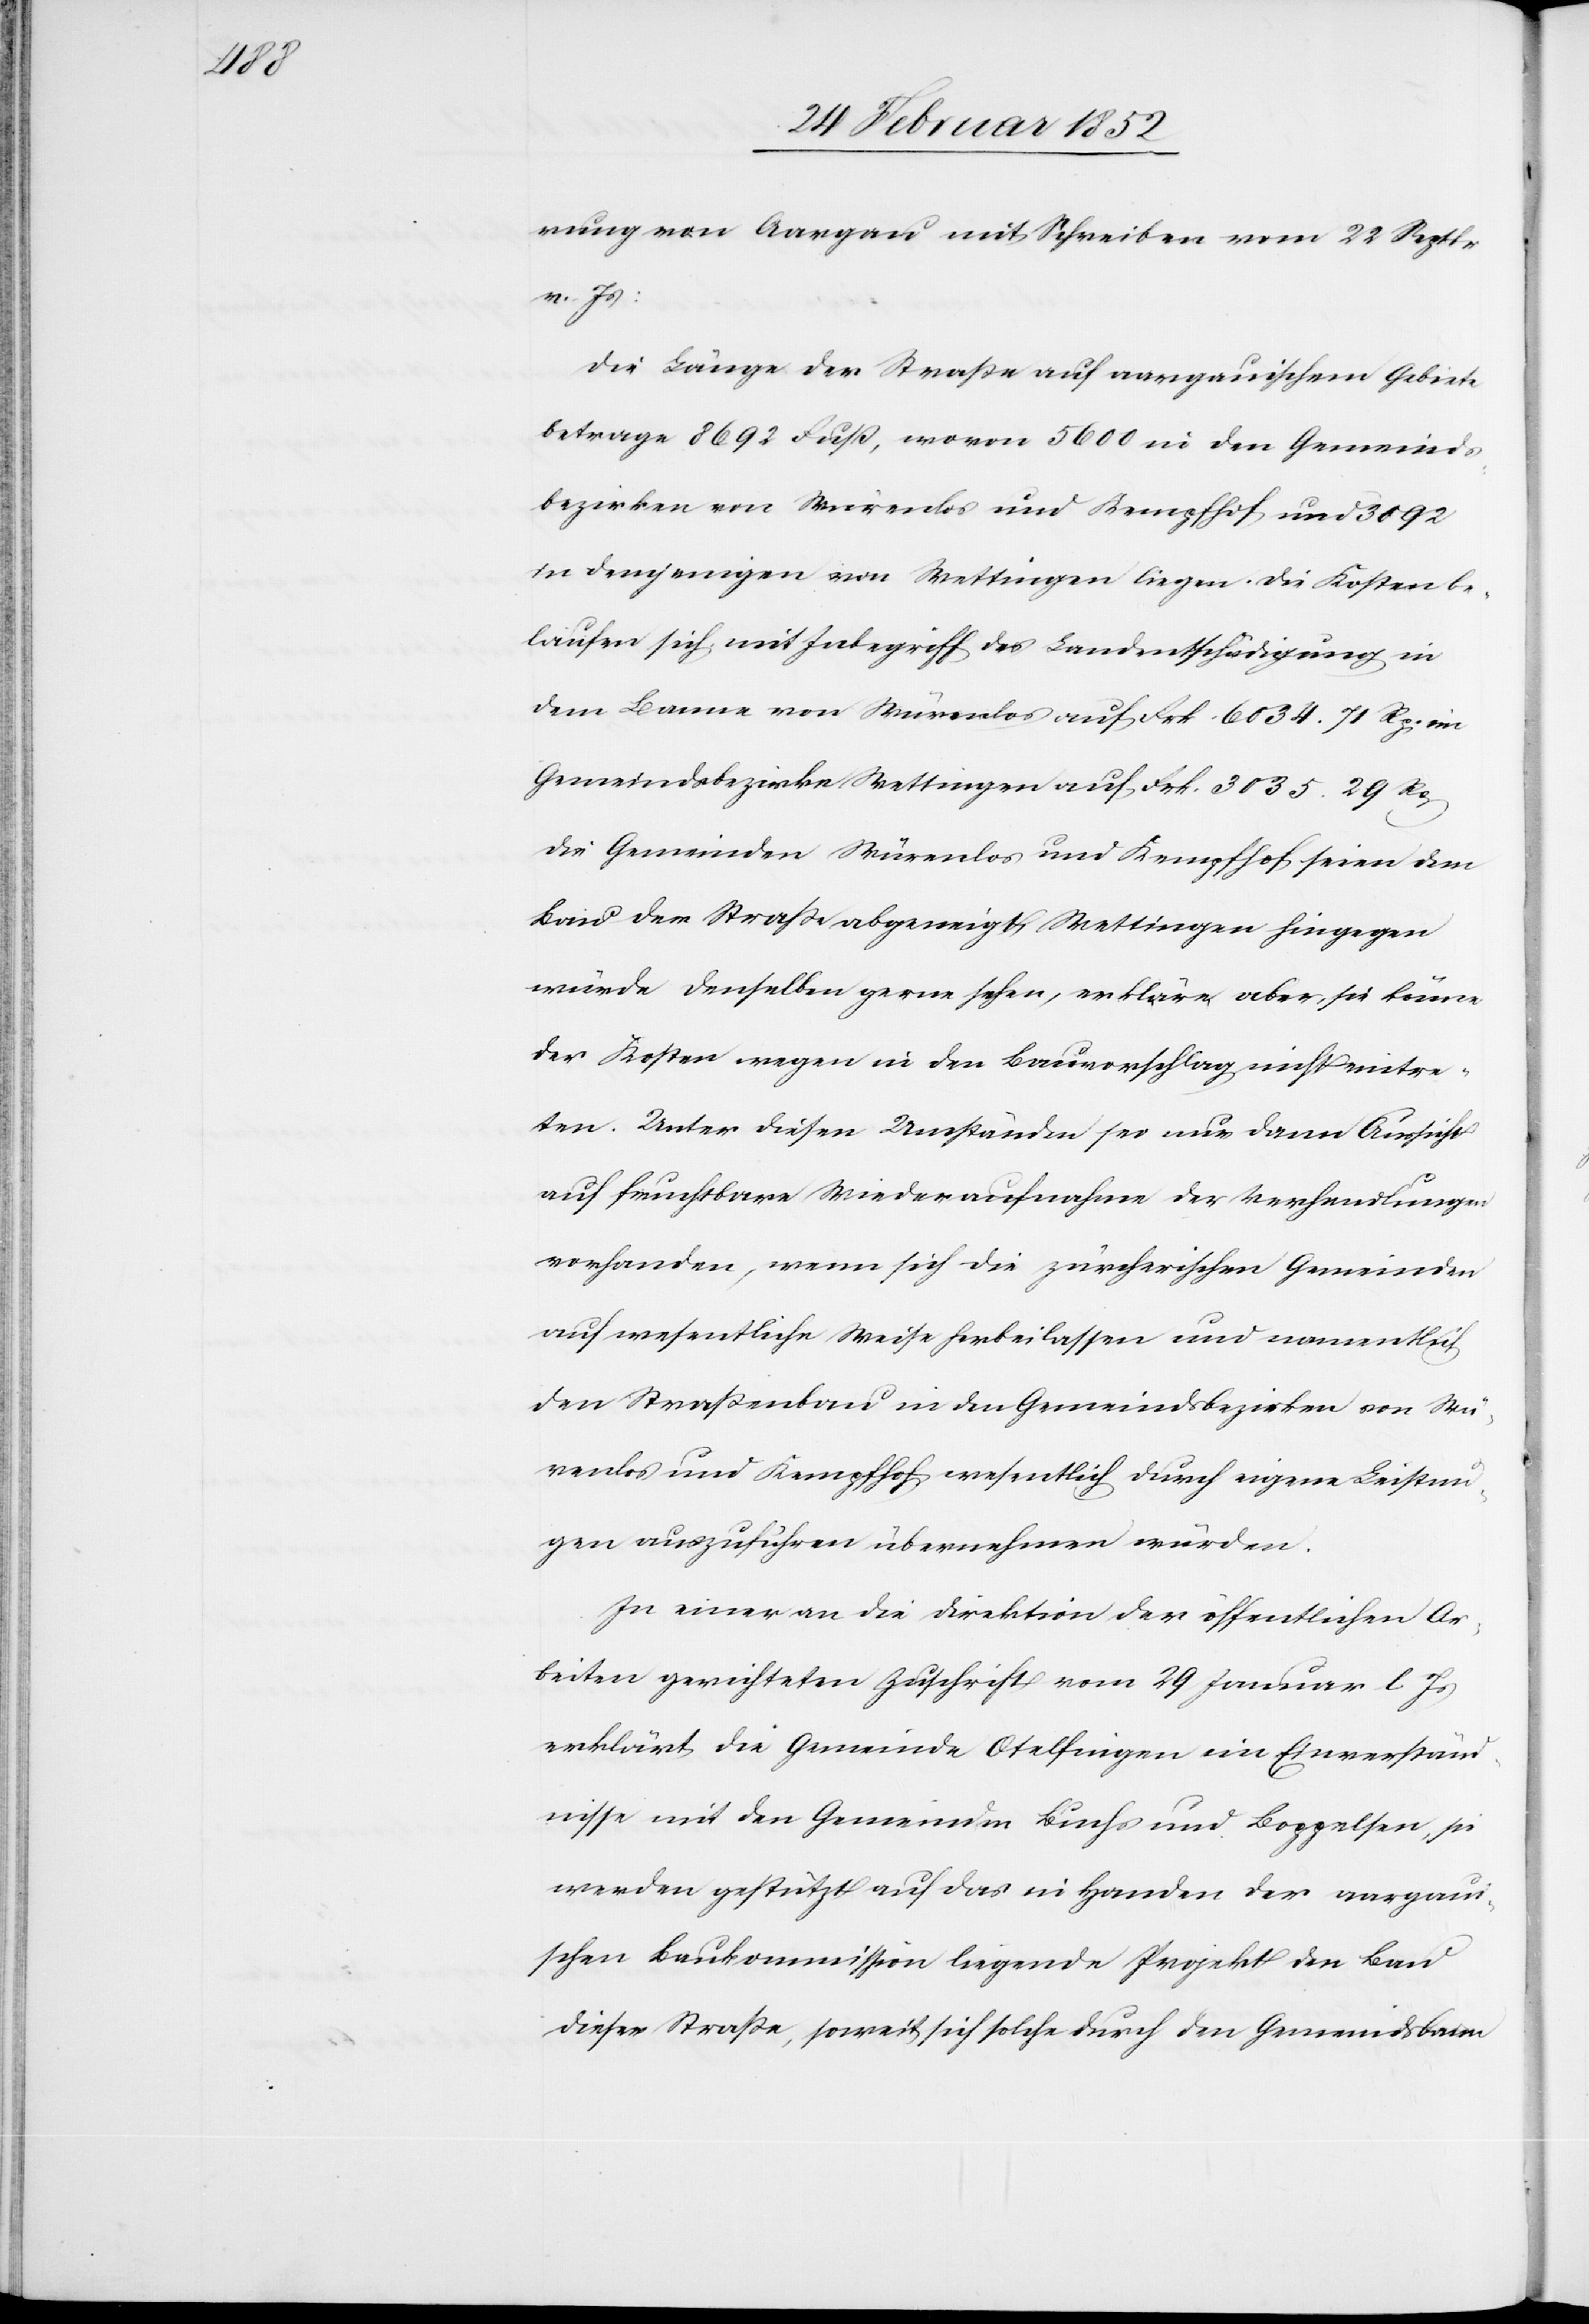
rung von Aargau mit Schreiben vom 22 Septbr
v. Js:
Die Länge der Straße auf aargauischem Gebiete
betrage 8692 Fuß, wovon 5600 in den Gemeinds¬
bezirken von Würenlos und Kempfhof und 3092
in demjenigen von Wettingen liegen. Die Kosten be¬
laufen sich mit Inbegriff der Landentschädigung in
dem Banne von Würenlos auf Frk. 6034. 71 Rp. im
Gemeindsbezirke Wettingen auf Frk. 3035. 29 Rp
die Gemeinden Würenlos und Kempfhof seien dem
Land der Straße abgeneigt, Wettingen hingegen
würde denselben [sic!] gerne sehen, erkläre aber, sie könne
der Kosten wegen in den Bauvorschlag nicht eintre¬
ten. Unter diesen Umständen sei nur dann Aussicht
auf fruchtbare Wiederaufnahme der Verhandlungen
vorhanden, wenn sich die zürcherischen Gemeinden
auf wesentliche Weise herbeilassen und namentlich
den Straßenbau in den Gemeindsbezirken von Wü¬
renlos und Kempfhof wesentlich durch eigene Leistun¬
gen auszuführen übernehmen würden.
In einer an die Direktion der öffentlichen Ar¬
beiten gerichteten Zuschrift vom 29 Januar l. Js
erklärt die Gemeinde Otelfingen ein Einverständ¬
nisse mit den Gemeinden Buchs und Boppelsen, sie
werden gestützt auf das in Handen der aargaui¬
schen Baukommission liegenden Projekt den Bau
dieser Straße, soweit sich solche durch den Gemeindsbann